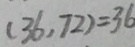
( 3 6 , 7 2 ) = 3 6